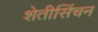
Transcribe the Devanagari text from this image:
शेतीसिंचन